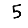
Digit: 5